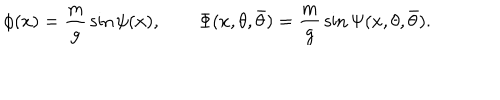
LaTeX: \phi ( x ) = { \frac { m } { g } } \sin \psi ( x ) , \qquad \Phi ( x , \theta , \bar { \theta } ) = { \frac { m } { g } } \sin \Psi ( x , \theta , \bar { \theta } ) .